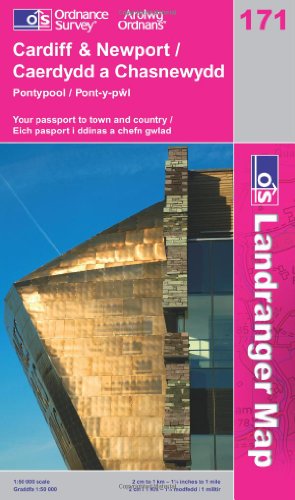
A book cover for Cardiff and Newport, Pontypool (Landranger Maps) 171 (OS Landranger Map); Ordnance Survey; Travel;